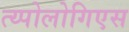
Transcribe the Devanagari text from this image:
त्य्पोलोगिएस